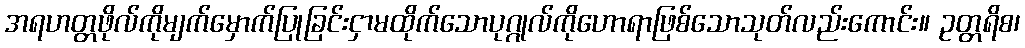
အရဟတ္တဖိုလ်ကိုမျက်မှောက်ပြုခြင်းငှာမထိုက်သောပုဂ္ဂုလ်ကိုဟောရာဖြစ်သောသုတ်လည်းကောင်း။ ဥတ္တရိစ၊